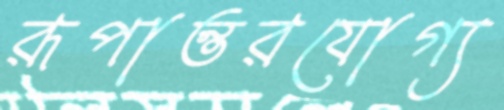
রূপান্তরযোগ্য